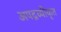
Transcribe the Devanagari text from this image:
अपद्रव्यीकृत